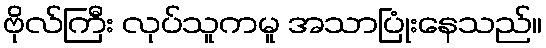
ဗိုလ်ကြီး လုပ်သူကမူ အသာပြုံးနေသည်။